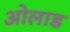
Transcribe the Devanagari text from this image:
ओलाड